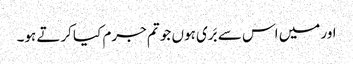
اور میں اس سے بَری ہوں جو تم جرم کیا کرتے ہو۔